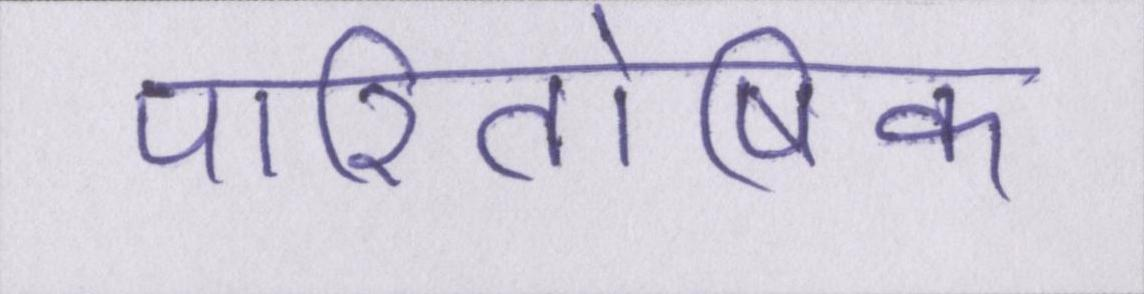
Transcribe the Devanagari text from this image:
पारितोषिक